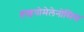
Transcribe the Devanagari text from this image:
हाइपोमेलेनोसिस